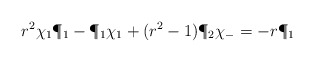
\begin{align*}r^2 \chi_1 \P_1-\P_1 \chi_1+(r^2-1) \P_2 \chi_-=-r\P_1\end{align*}